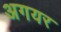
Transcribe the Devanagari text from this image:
अगयर